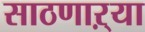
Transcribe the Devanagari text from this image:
साठणाऱ्या